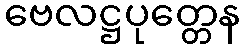
ဗေလဋ္ဌပုတ္တေန